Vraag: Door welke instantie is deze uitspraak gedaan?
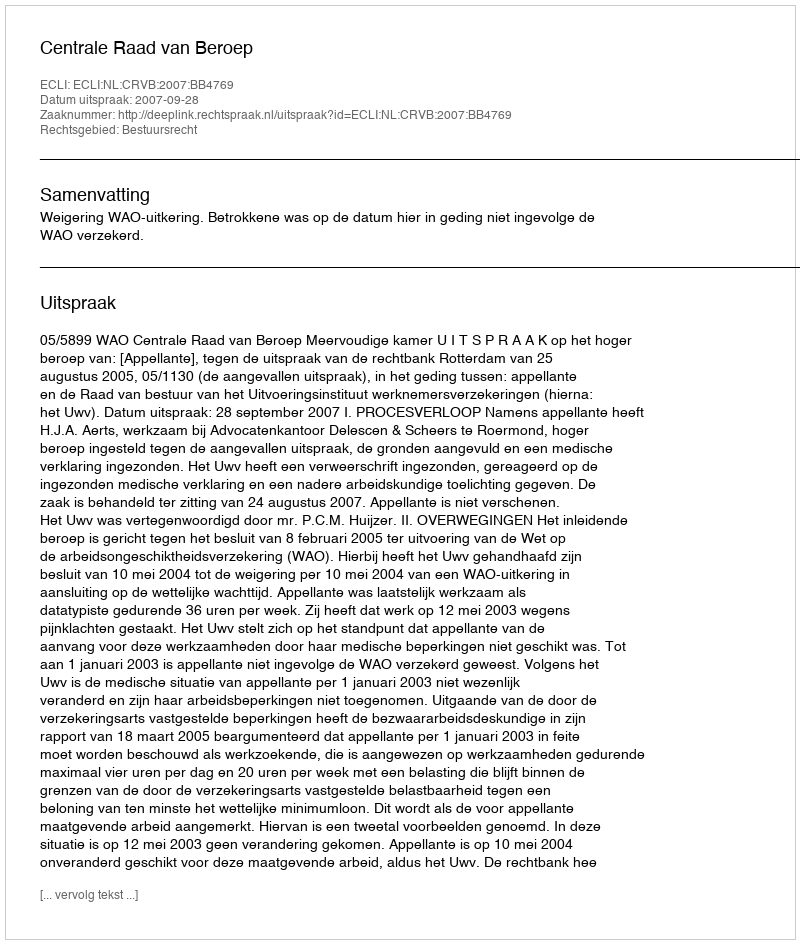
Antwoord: Centrale Raad van Beroep